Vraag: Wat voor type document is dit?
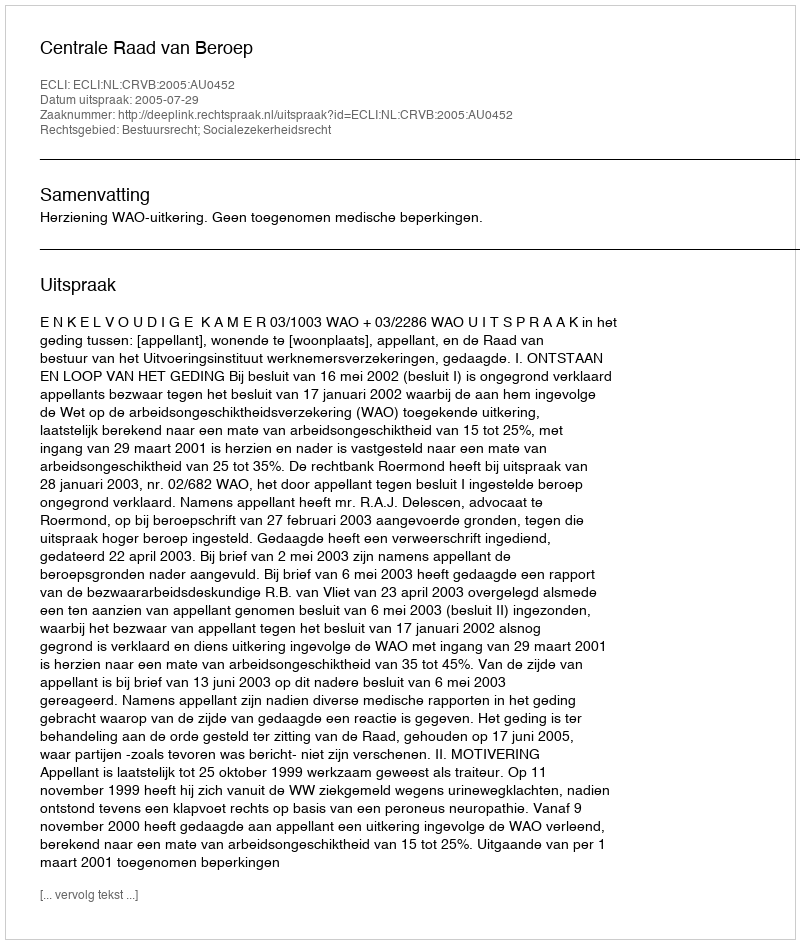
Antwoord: Uitspraak